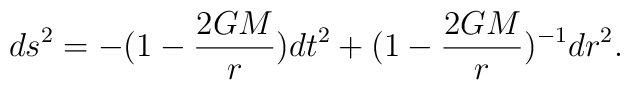
ds^2=-(1-\frac{2GM}{r})dt^2 +(1-\frac{2GM}{r})^{-1} dr^2.